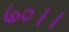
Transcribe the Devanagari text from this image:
७०।।